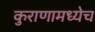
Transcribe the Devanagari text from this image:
कुराणामध्येच